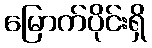
မြောက်ပိုင်းရှိ